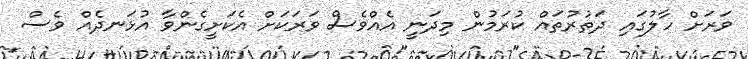
ވަރަށް ހާލުގައި ދަތުރުތައް ކުރަމުން މިދަނީ އެއްވެސް ވަރަކަށް އެކަށީގެންވާ އުޅަނދެއް ވެސް